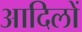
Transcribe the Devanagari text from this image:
आदिलों